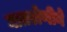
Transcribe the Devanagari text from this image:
घातश्रेणीने